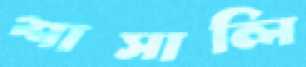
শাসালি